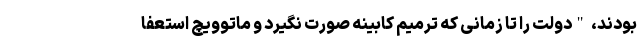
بودند، "دولت را تا زمانی که ترمیم کابینه صورت نگیرد و ماتوویچ استعفا